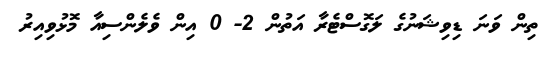
ތިން ވަނަ ޑިވިޝަނުގެ ލަގޮސްޓެރާ އަތުން 2- 0 އިން ވެލެންސިއާ މޮޅުވިއިރު